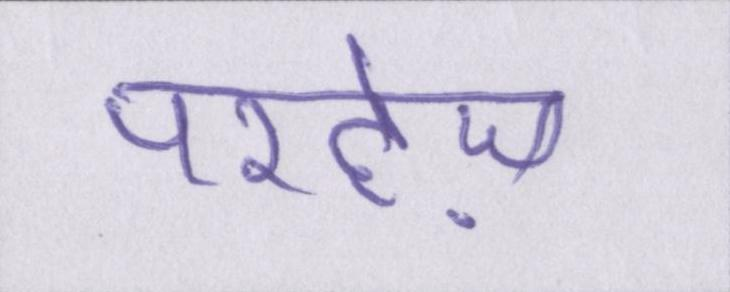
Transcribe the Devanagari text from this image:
परहेज़